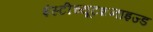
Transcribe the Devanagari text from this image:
इंस्टीच्यूटशनाइज्ड